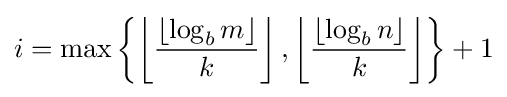
i=\max \left\{\left\lfloor {\frac {\left\lfloor \log _{b}m\right\rfloor }{k}}\right\rfloor ,\left\lfloor {\frac {\left\lfloor \log _{b}n\right\rfloor }{k}}\right\rfloor \right\}+1